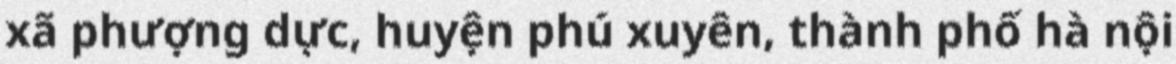
xã phượng dực, huyện phú xuyên, thành phố hà nội